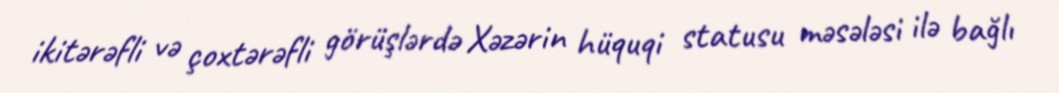
ikitərəfli və çoxtərəfli görüşlərdə Xəzərin hüquqi statusu məsələsi ilə bağlı